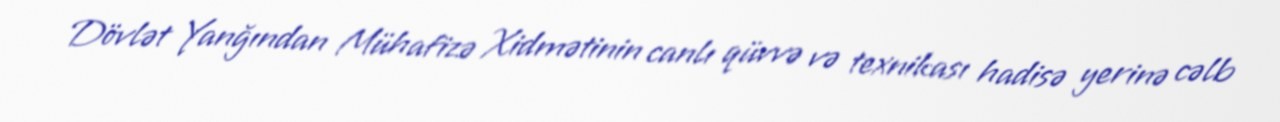
Dövlət Yanğından Mühafizə Xidmətinin canlı qüvvə və texnikası hadisə yerinə cəlb